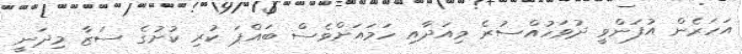
އަހަރެން އުފަންވީ ދުވަހުއްސުރެ މިއަދާއި ހަމައަށްވެސް ބައްޕަ ކުރި ކުށުގެ ސަޒާ މިދަނީ